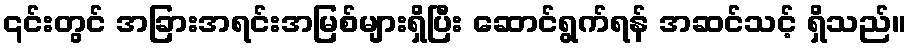
၎င်းတွင် အခြားအရင်းအမြစ်များရှိပြီး ဆောင်ရွက်ရန် အဆင်သင့် ရှိသည်။